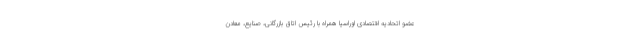
عضو اتحادیه اقتصادی اوراسیا همراه با رئیس اتاق بازرگانی، صنایع، معادن